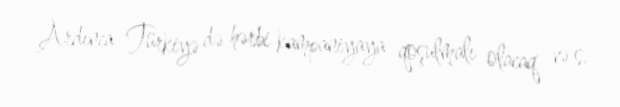
Ardınca Türkiyə də hərbi kampaniyaya qoşulmalı olacaq və s.